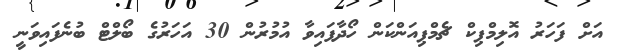
އަށް ފަހަރު އޮލިމްޕިކް ޗެމްޕިއަންކަން ހޯދާފައިވާ އުމުރުން 30 އަހަރުގެ ބޯލްޓް ބުނެފައިވަނީ